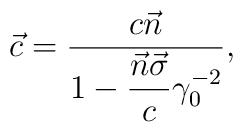
\vec c=\frac{c\vec n}{1-\displaystyle\frac{\vec n\vec\sigma}{c}\gamma_0^{-2}},